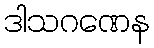
ဒါသဂဏေန